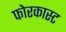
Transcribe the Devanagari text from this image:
फोरकास्ट